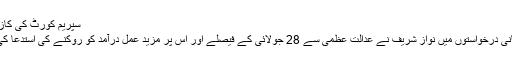
سپریم کورٹ کی کاز لسٹ
نظرثانی درخواستوں میں نواز شریف نے عدالت عظمیٰ سے 28 جولائی کے فیصلے اور اس پر مزید عمل درآمد کو روکنے کی استدعا کی ہے۔